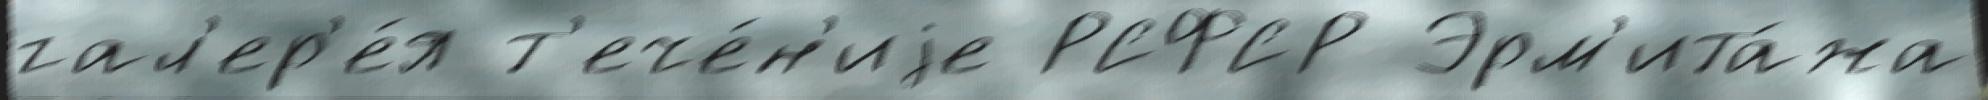
гал'ер'е́я т'ече́н'иjе РСФСР Эрм'ита́жа